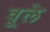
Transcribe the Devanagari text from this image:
वूले